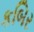
કબિર